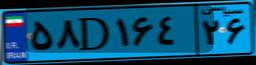
۹۱D۲۷۵۰۳